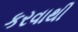
કરવાથી